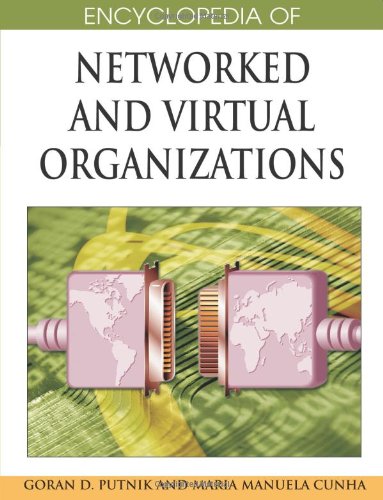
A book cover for Encyclopedia of Networked and Virtual Organizations; Maria Manuela Cruz-cunha; Reference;